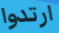
ارتدوا